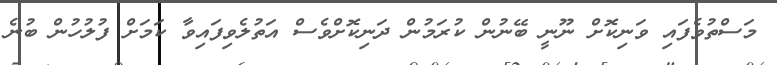
މަސްތުވެފައި ވަނިކޮށް ނޫނީ ބޭނުން ކުރަމުން ދަނިކޮށްވެސް އަތުލެވިފައިވާ ކަމަށް ފުލުހުން ބުނެ